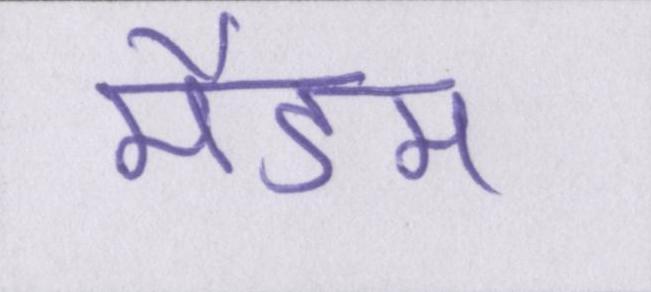
मैडम